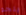
ينجو